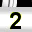
Digit: 2